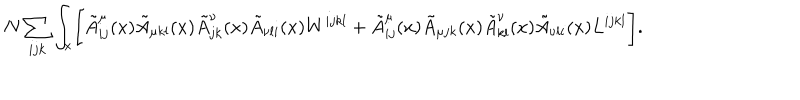
LaTeX: N \sum _ { i j k } \int _ { x } \Biggl [ \tilde { A } _ { i j } ^ { \mu } ( x ) \tilde { A } _ { \mu k l } ( x ) \tilde { A } _ { j k } ^ { \nu } ( x ) \tilde { A } _ { \nu l i } ( x ) W ^ { i j k l } + \tilde { A } _ { i j } ^ { \mu } ( x ) \tilde { A } _ { \mu j k } ( x ) \tilde { A } _ { k l } ^ { \nu } ( x ) \tilde { A } _ { \nu l i } ( x ) L ^ { i j k l } \Biggr ] .